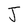
Character: J